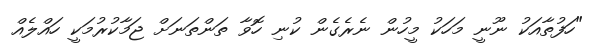
"ހަފުތާއަކު ނޫނީ މަހަކު މީހުން ނެރެގެން ކުނި ހޮވާ ތަންތަނަށް ޖަމާކުރުމަކީ ހައްލެއް